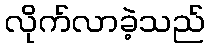
လိုက်လာခဲ့သည်